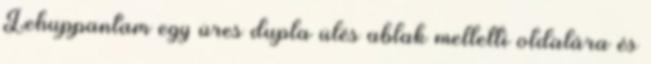
Lehuppantam egy üres dupla ülés ablak melletti oldalára és